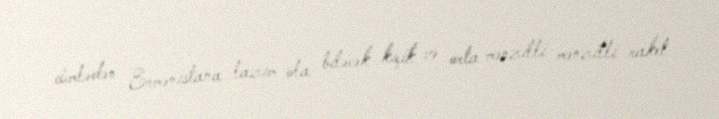
cümlədən Ermənistana lazım ola biləcək kiçik və orta mənzilli mənzilli raket